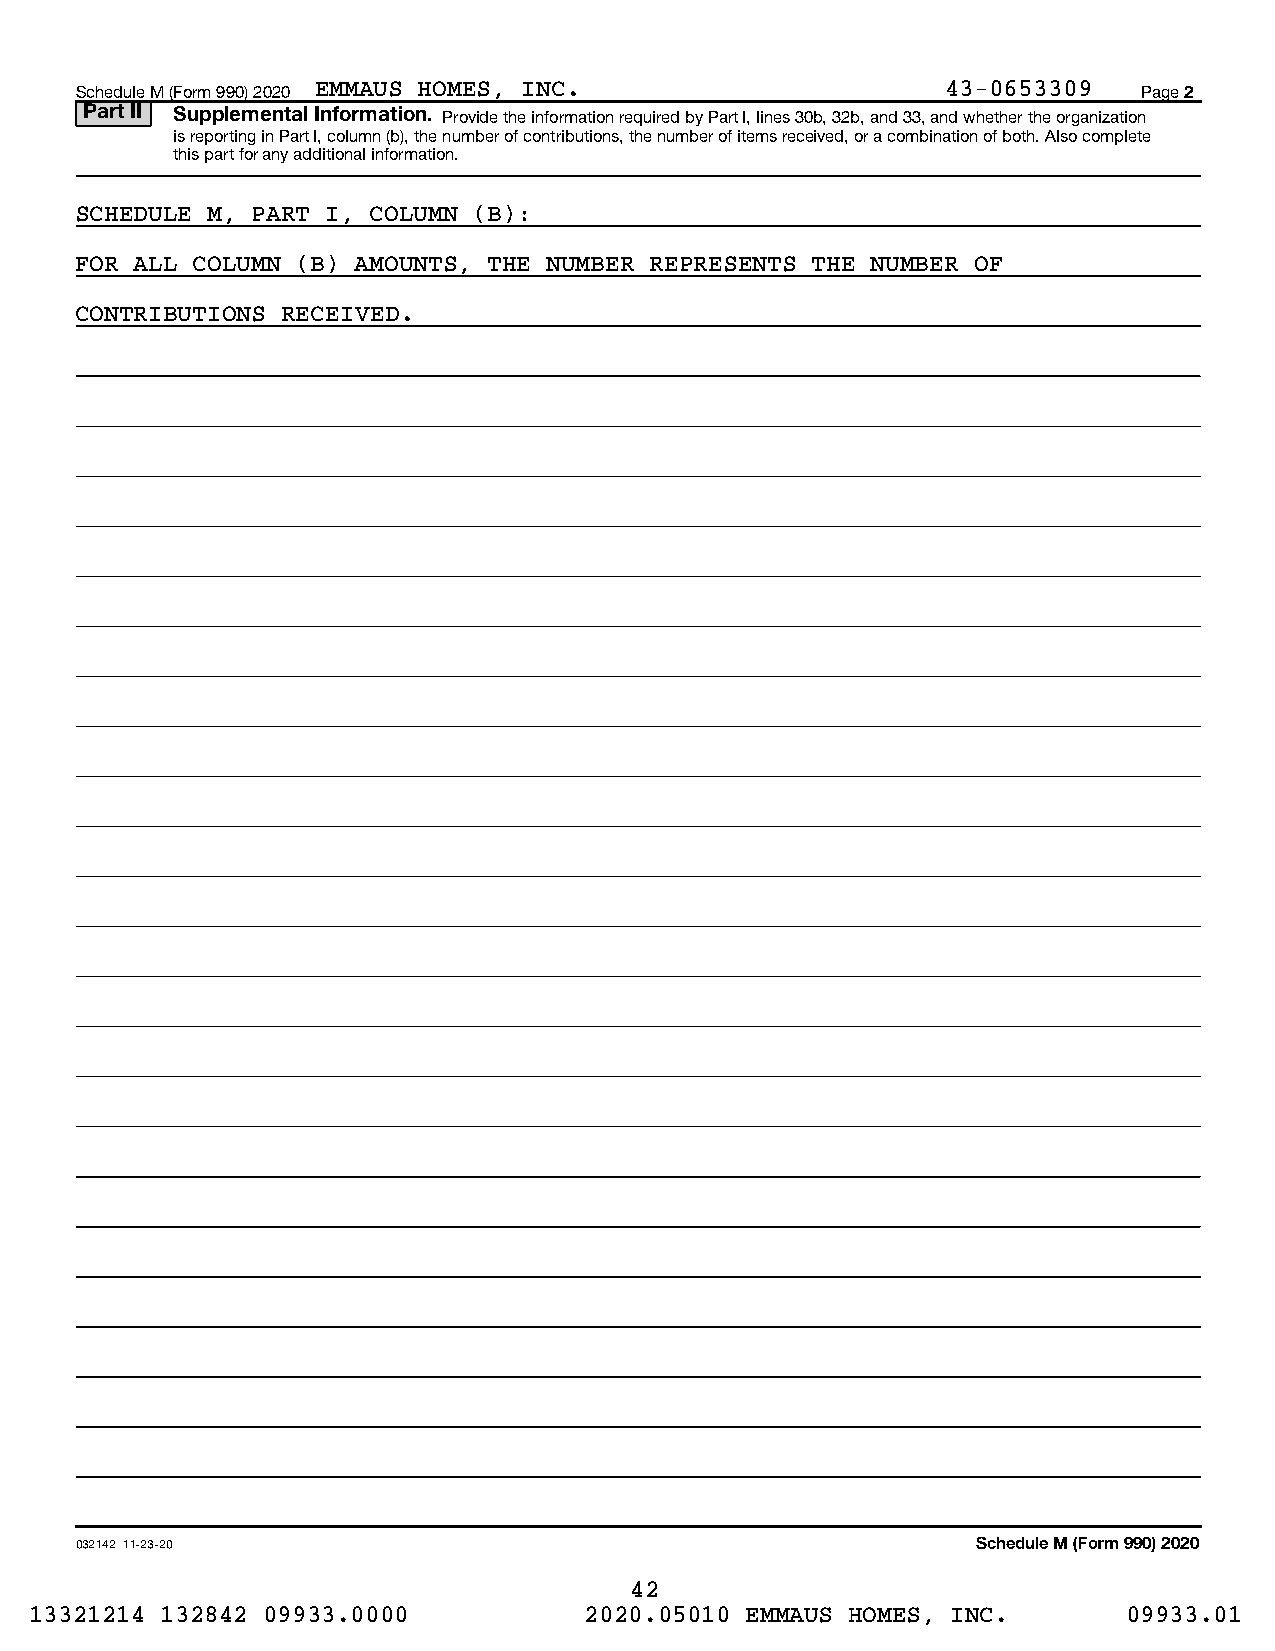
Schedule M (Form 990) 2020 EMMAUS HOMES, INC.             43-0653309   Page 2
 Part II Supplemental Information. Provide the information required by Part I, lines 30b, 32b, and 33, and whether the organization
 is reporting in Part I, column (b), the number of contributions, the number of items received, or a combination of both. Also complete
 this part for any additional information.
 SCHEDULE M, PART I, COLUMN (B):
 FOR ALL COLUMN (B) AMOUNTS, THE NUMBER REPRESENTS THE NUMBER OF
 CONTRIBUTIONS RECEIVED.
 032142 11-23-20                                             Schedule M (Form 990) 2020
 42
 13321214 132842 09933.0000           2020.05010 EMMAUS HOMES, INC.       09933.01